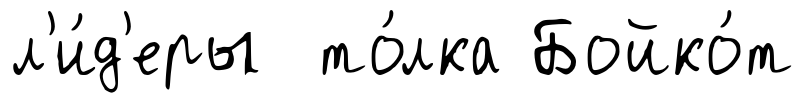
л'и́д'еры то́лка Бойко́т